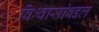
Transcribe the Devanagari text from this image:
विश्वासांबद्दल